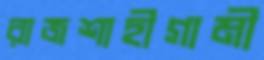
রাজশাহীগামী